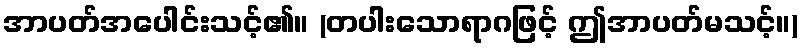
အာပတ်အပေါင်းသင့်၏။ (တပါးသောရာဂဖြင့် ဤအာပတ်မသင့်။)